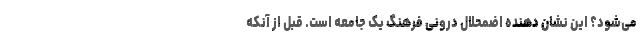
می‌شود؟ این نشان دهنده اضمحلال درونی فرهنگ یک جامعه است. قبل از آنکه